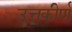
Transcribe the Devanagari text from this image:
उत्तकीर्ण